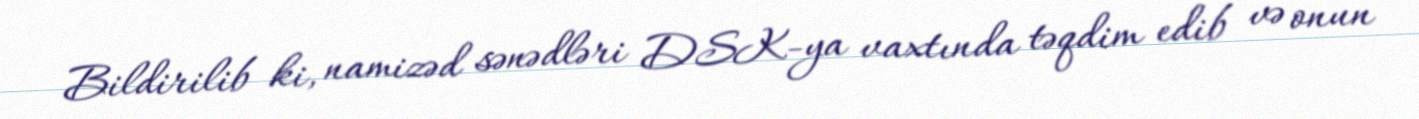
Bildirilib ki, namizəd sənədləri DSK-ya vaxtında təqdim edib və onun